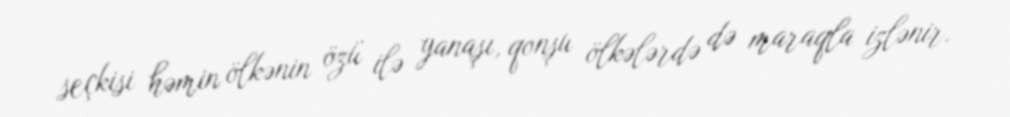
seçkisi həmin ölkənin özü ilə yanaşı, qonşu ölkələrdə də maraqla izlənir.